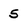
Character: 5